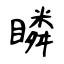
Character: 瞵